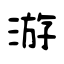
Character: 游